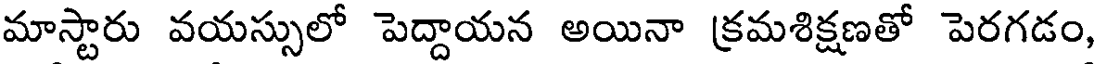
మాస్టారు వయస్సులో పెద్దాయన అయినా క్రమశిక్షణతో పెరగడం,